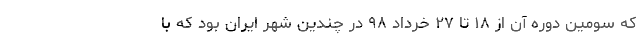
که سومین دوره آن از ۱۸ تا ۲۷ خرداد ۹۸ در چندین شهر ایران بود که با